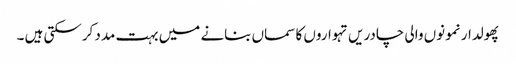
پھولدار نمونوں والی چادریں تہواروں کا سماں بنانے میں بہت مدد کرسکتی ہیں ۔